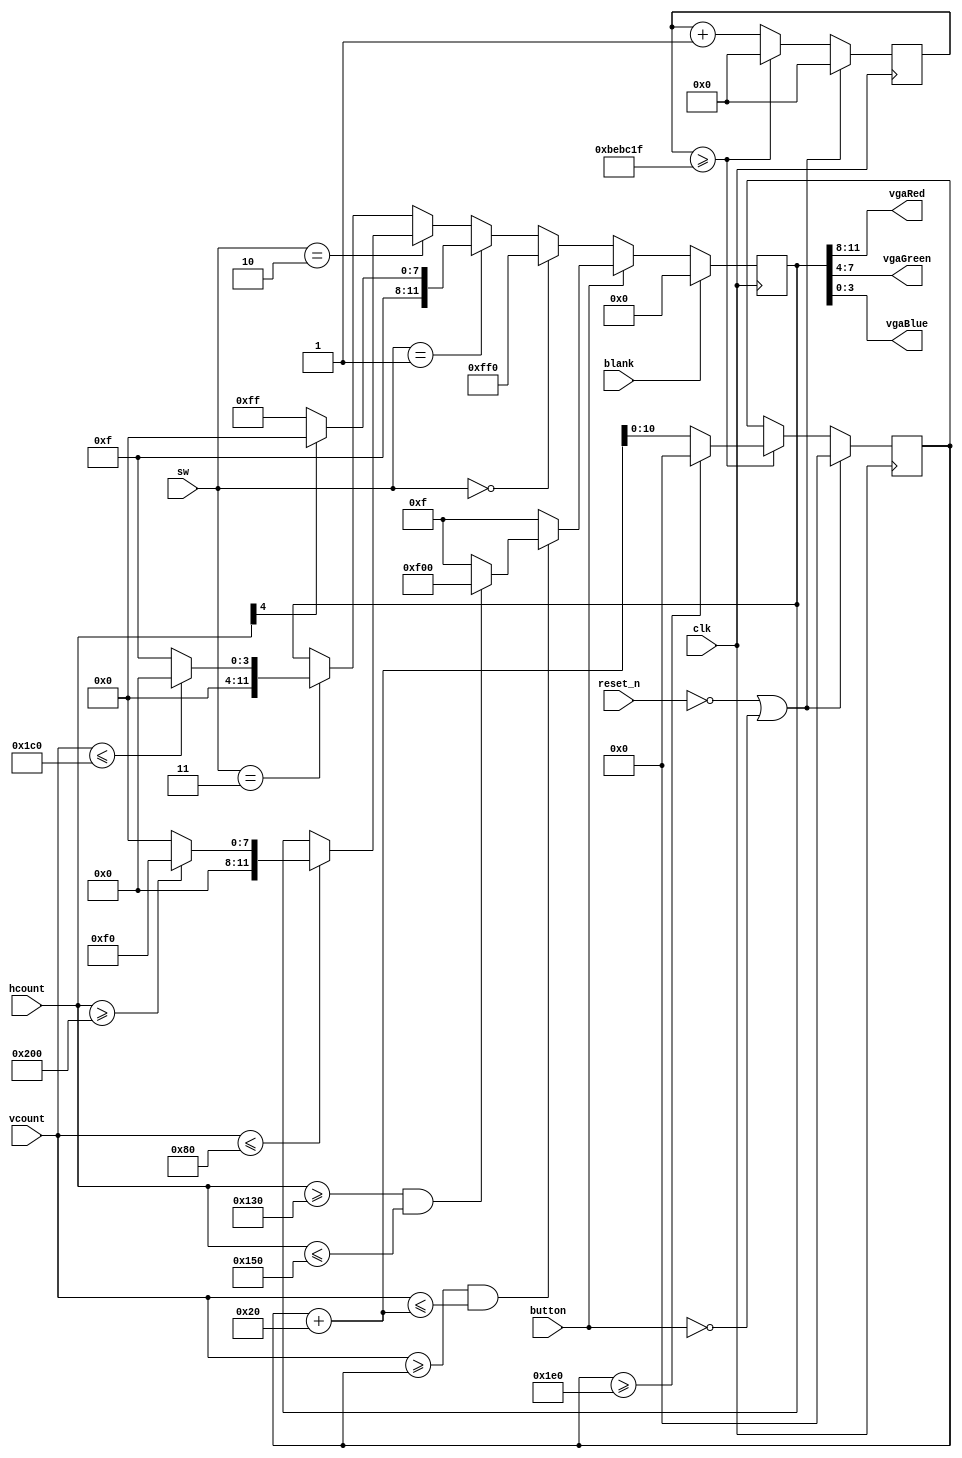
`timescale 1ns / 1ps
//////////////////////////////////////////////////////////////////////////////////
// Company: WPI
// 
// Design Name: VGA Display
// Module Name: vga_display
// Project Name: ECE 3829 Lab 2
// Target Devices: Basys 3 Board
// Tool Versions: 2021.1
// Description: Display VGA outputs depending on sw[1:0]
// 
// Dependencies: 
// 
// Revision:
// Revision 0.01 - File Created
// Additional Comments:
// 
//////////////////////////////////////////////////////////////////////////////////


module vga_display(
    input [1:0] sw, // Slide switches to select display on monitor
    input clk, // 25 MHz clock signal
    input reset_n, // Reset count, active low
    input button, // Input for moving block
    input blank, // Display blank screen
    input [10:0] hcount, // Pixel horizontal position
    input [10:0] vcount, // Pixel vertical position
    output [3:0] vgaRed, // Red input for VGA
    output [3:0] vgaGreen, // Green input for VGA
    output [3:0] vgaBlue // Blue input for VGA
    );
    
    // Parameters and regs
    parameter [11:0] RED = 12'b1111_0000_0000;
    parameter [11:0] GREEN = 12'b0000_1111_0000;
    parameter [11:0] BLUE = 12'b0000_0000_1111;
    parameter [11:0] BLACK = 12'b0000_0000_0000;
    parameter [11:0] WHITE = 12'b1111_1111_1111;
    parameter [11:0] YELLOW = 12'b1111_1111_0000;
    parameter screenHorz = 640; // Horizontal size
    parameter screenVert = 480; // Vertical size
    parameter halfScreenHorz = 320; // Half of Horizontal size
    parameter MAX_COUNT = 12_500_000 - 1; // 2Hz clock using 25MHz input clock
    
    reg [11:0] vgaRGB; // RGB to VGA
    reg [10:0] blockPos = 0; // Moving block position 2^10 = 1024
    reg [24:0] counter = 0; // Counter to create 2MHz clock to update moving block position 2^24 = 16.777e6
    
    // VGA color assignments
    assign vgaRed = vgaRGB[11:8]; // 4 most significant bits of vgaRGB to VGA red
    assign vgaGreen = vgaRGB[7:4]; // Middle 4 bits of vgaRGB to VGA green
    assign vgaBlue = vgaRGB[3:0]; // 4 least significant bits of vgaRGB to VGA blue
    
always @ (posedge clk) begin
    if (reset_n == 0 || button == 0) begin // If reset pressed or button not pressed
        blockPos <= 0; // Reset counter to top of screen
        counter <= 0; // Reset counter            
    end
    else begin
        if (counter >= MAX_COUNT) begin // If counter reaches max count
            counter = 0; // Reset
            if (blockPos >= 480) begin // If block reaches bottom side of screen
                blockPos <= 0; // Reset block position to top side of screen
            end
            else begin
                blockPos <= blockPos + 32; // Move block down by 16 pixels
            end
        end
        else begin // Max count not reached
            counter <= counter + 1; // Increment counter
        end
    end
end

always @ (posedge clk) begin
    if (blank == 1) begin
        vgaRGB = BLACK; // Black screen
    end
    // Moving block
    else if (button == 1) begin // Block move pressed
        vgaRGB <= BLUE; // Cover entire screen blue
        if (vcount >= blockPos && vcount <= blockPos + 32) begin // Draw 32x32 block
            if (hcount >= halfScreenHorz - 16 && hcount <= (halfScreenHorz + 16)) begin
                vgaRGB <= RED;
            end                
        end
        else begin
            vgaRGB <= BLUE; // Uncovered block area with blue
        end
    end
    else if (sw == 2'b00) begin // Switch 1 and 0 off
         vgaRGB = YELLOW; // Yellow screen
    end
    else if (sw == 2'b01) begin // Switch 1 off, switch 0 on
        if (hcount[4] == 1) begin // Alternating vertical red and white stripes, 16 bits wide
            vgaRGB = RED;
        end
        else begin
            vgaRGB = WHITE;
        end
    end
    else if (sw == 2'b10) begin // Switch 1 on, switch 0 off
         if (vcount <= 128) begin // Display a 128x128 pixel green block in top right corner
             if (hcount >= (screenHorz - 128)) begin
                 vgaRGB = GREEN;
             end
             else begin
                 vgaRGB = BLACK; // Black background
             end
         end
    end
    else if (sw == 2'b11) begin // Switch 1 on, switch 0 on
        if (vcount <= (screenVert - 32)) begin // Display a horizontal blue stripe 32-pixels wide on bottom of screen
            vgaRGB = BLACK; // Black background
        end
        else begin
            vgaRGB = BLUE;
        end
    end                        
end 

endmodule